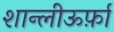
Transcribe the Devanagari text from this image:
शान्लीऊर्फ़ा